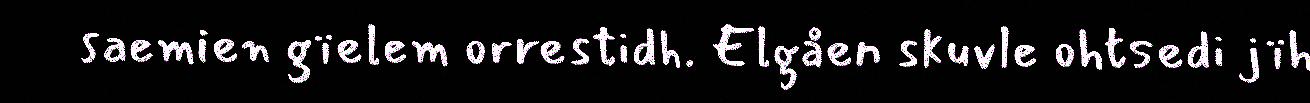
saemien gïelem orrestidh. Elgåen skuvle ohtsedi jïh